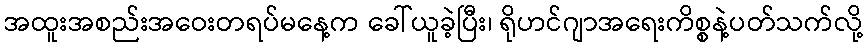
အထူးအစည်းအဝေးတရပ်မနေ့က ခေါ်ယူခဲ့ပြီး၊ ရိုဟင်ဂျာအရေးကိစ္စနဲ့ပတ်သက်လို့